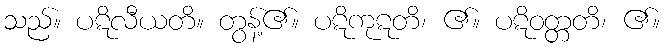
သည်။ ပဋိလီယတိ။ တွန့်၏။ ပဋိကုဋတိ၊ ၏။ ပဋိဝတ္တတိ၊ ၏။